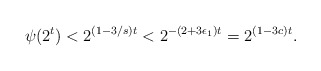
\begin{align*}\psi(2^t) < 2^{(1-3/s)t} < 2^{-(2+3\epsilon_1)t} = 2^{(1-3c)t}.\end{align*}